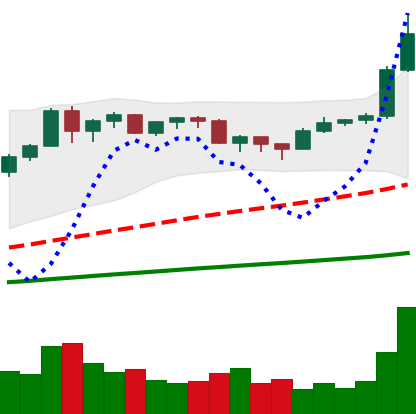
Ticker: BTC-USD
Chart end date: 2020-12-17
Forward return: 4.288%
Label: up_3_5